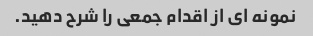
نمونه ای از اقدام جمعی را شرح دهید.